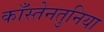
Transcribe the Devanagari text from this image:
काँस्तेनतुनिया